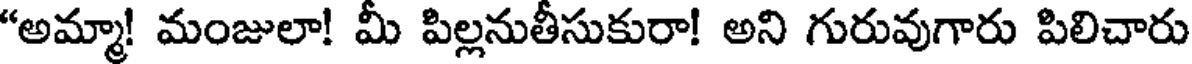
"అమ్మా! మంజులా! మీ పిల్లనుతీసుకురా! అని గురువుగారు పిలిచారు